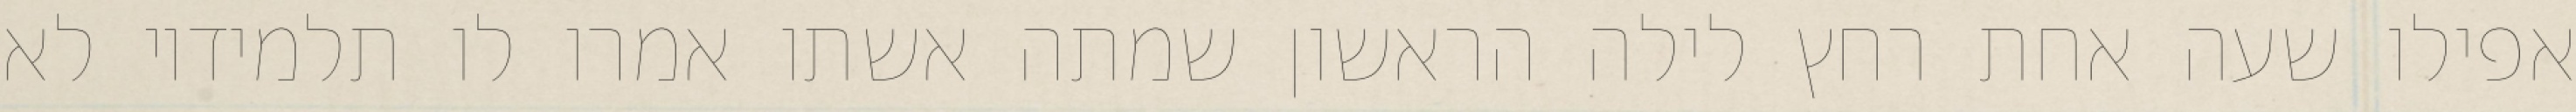
אפילו שעה אחת רחץ לילה הראשון שמתה אשתו אמרו לו תלמידיו לא